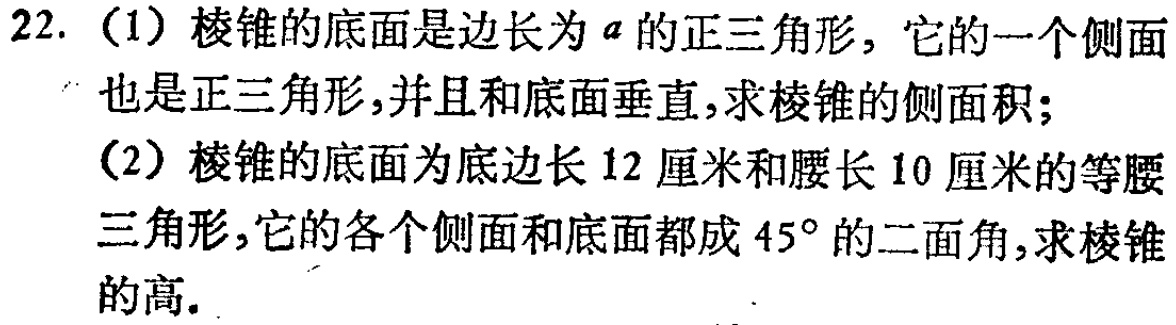
22. (1) 棱锥的底面是边长为 \(a\) 的正三角形，它的一个侧面也是正三角形，并且和底面垂直，求棱锥的侧面积；
(2) 棱锥的底面为底边长 \(12\) 厘米和腰长 \(10\) 厘米的等腰三角形，它的各个侧面和底面都成 \(45^{\circ}\) 的二面角，求棱锥的高。